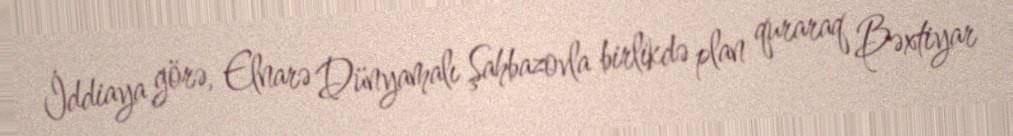
İddiaya görə, Elnarə Dünyamalı Şahbazovla birlikdə plan quraraq Bəxtiyar